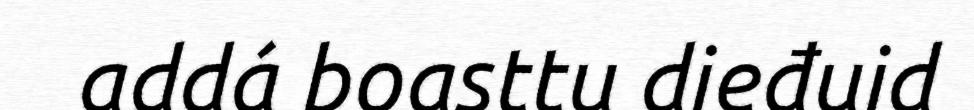
addá boasttu dieđuid